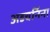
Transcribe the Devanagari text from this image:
अडचनिंना